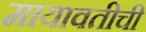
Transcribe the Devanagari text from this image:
मायावतीची